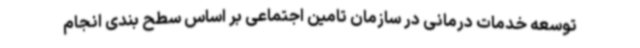
توسعه خدمات درمانی در سازمان تامین اجتماعی بر اساس سطح بندی انجام